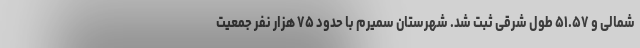
شمالی و ۵۱.۵۷ طول شرقی ثبت شد. شهرستان سمیرم با حدود ۷۵ هزار نفر جمعیت